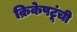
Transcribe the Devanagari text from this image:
क्रिकेपटूंची